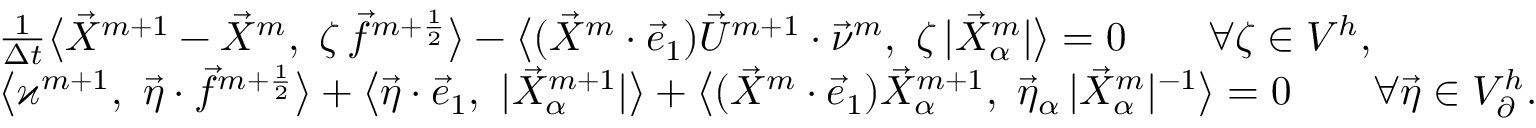
\begin{array} { r l } & { \frac { 1 } { \Delta t } \big < \vec { X } ^ { m + 1 } - \vec { X } ^ { m } , ~ \zeta \, \vec { f } ^ { m + \frac { 1 } { 2 } } \big > - \big < ( \vec { X } ^ { m } \cdot \vec { e } _ { 1 } ) \vec { U } ^ { m + 1 } \cdot \vec { \nu } ^ { m } , ~ \zeta \, | \vec { X } _ { \alpha } ^ { m } | \big > = 0 \qquad \forall \zeta \in V ^ { h } , } \\ & { \big < \varkappa ^ { m + 1 } , ~ \vec { \eta } \cdot \vec { f } ^ { m + \frac { 1 } { 2 } } \big > + \big < \vec { \eta } \cdot \vec { e } _ { 1 } , ~ | \vec { X } _ { \alpha } ^ { m + 1 } | \big > + \big < ( \vec { X } ^ { m } \cdot \vec { e } _ { 1 } ) \vec { X } _ { \alpha } ^ { m + 1 } , ~ \vec { \eta } _ { \alpha } \, | \vec { X } _ { \alpha } ^ { m } | ^ { - 1 } \big > = 0 \qquad \forall \vec { \eta } \in V _ { \partial } ^ { h } . } \end{array}